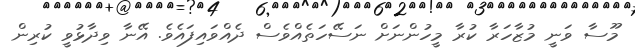
މޫސާ ވަނީ މުޒާހަރާ ކުރާ މީހުންނަށް ނަސޭހަތެއްވެސް ދެއްވައިފައެވެ. އޭނާ ވިދާޅުވީ ކުރިން